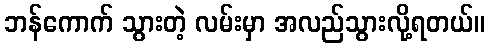
ဘန်ကောက် သွားတဲ့ လမ်းမှာ အလည်သွားလို့ရတယ်။